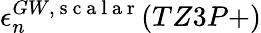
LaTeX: \epsilon_{n}^{GW,\mathrm{~s~c~a~l~a~r~}}(TZ3P+)